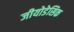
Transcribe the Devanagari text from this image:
जीयोडेसिक